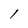
Character: 1